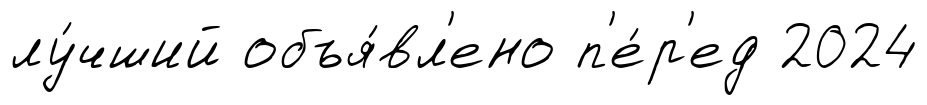
лу́чший объя́вл'ено п'е́р'ед 2024